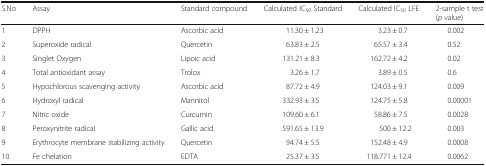
<table><thead><tr><td><b>S.No</b></td><td><b>Assay</b></td><td><b>Standard compound</b></td><td><b>Calculated IC<sub>50</sub> Standard</b></td><td><b>Calculated IC<sub>50</sub> LFE</b></td><td><b>2-sample t test(<i>p</i> value)</b></td></tr></thead><tbody><tr><td>1</td><td>DPPH</td><td>Ascorbic acid</td><td>11.30 ± 1.23</td><td>3.23 ± 0.7</td><td>0.002</td></tr><tr><td>2</td><td>Superoxide radical</td><td>Quercetin</td><td>63.83 ± 2.5</td><td>65.57 ± 3.4</td><td>0.52</td></tr><tr><td>3</td><td>Singlet Oxygen</td><td>Lipoic acid</td><td>131.21 ± 8.3</td><td>162.72 ± 4.2</td><td>0.02</td></tr><tr><td>4</td><td>Total antioxidant assay</td><td>Trolox</td><td>3.26 ± 1.7</td><td>3.89 ± 0.5</td><td>0.6</td></tr><tr><td>5</td><td>Hypochlorous scavenging activity</td><td>Ascorbic acid</td><td>87.72 ± 4.9</td><td>124.03 ± 9.1</td><td>0.009</td></tr><tr><td>6</td><td>Hydroxyl radical</td><td>Mannitol</td><td>332.93 ± 3.5</td><td>124.75 ± 5.8</td><td>0.00001</td></tr><tr><td>7</td><td>Nitric oxide</td><td>Curcumin</td><td>109.60 ± 6.1</td><td>58.86 ± 7.5</td><td>0.0028</td></tr><tr><td>8</td><td>Peroxynitrite radical</td><td>Gallic acid</td><td>591.65 ± 13.9</td><td>500 ± 12.2</td><td>0.003</td></tr><tr><td>9</td><td>Erythrocyte membrane stabilizing activity</td><td>Quercetin</td><td>94.74 ± 5.5</td><td>152.48 ± 4.9</td><td>0.0008</td></tr><tr><td>10</td><td>Fe chelation</td><td>EDTA</td><td>25.37 ± 3.5</td><td>118.771 ± 12.4</td><td>0.0062</td></tr></tbody></table>